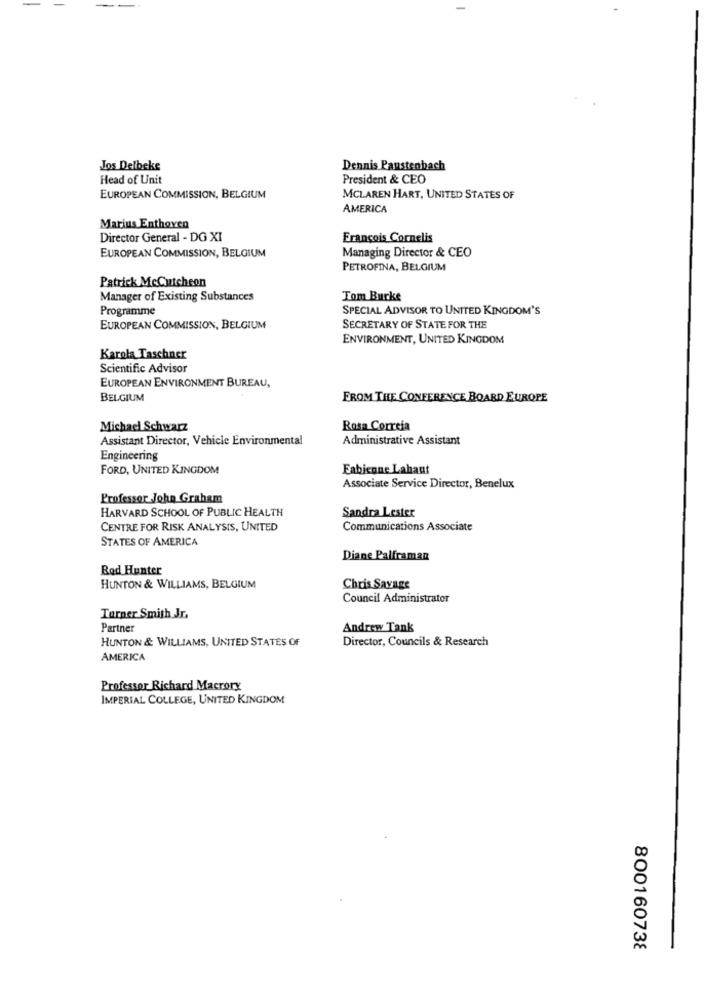
Jos Delbeke
Dennis Paustenbach
Head of Unit
President & CEO
EUROPEAN COMMISSION, BELGIUM
MCLAREN HART, UNITED STATES OF
AMERICA
Marius Enthoven
Director General - DG XI
François Cornelis
EUROPEAN COMMISSION, BELGIUM
Managing Director & CEO
PETROFINA, BELGIUM
Patrick Mccutcheon
Manager of Existing Substances
Tom Burke
Programme
SPECIAL ADVISOR TO UNITED KINGDOM'S
EUROPEAN COMMISSION, BELGIUM
SECRETARY OF STATE FOR THE
ENVIRONMENT, UNITED KINGDOM
Karola Taschner
Scientific Advisor
EUROPEAN ENVIRONMENT BUREAU,
BELGIUM
FROM THE CONFERENCE BOARD EUROPE
Michael Schwarz
Rosa Correia
Assistant Director, Vehicle Environmental
Administrative Assistant
Engineering
FORD, UNITED KINGDOM
Fabienne Lahaut
Associate Service Director, Benelux
Professor John Graham
HARVARD SCHOOL OF PUBLIC HEALTH
Sandra Lester
CENTRE FOR RISK ANALYSIS, UNITED
Communications Associate
STATES OF AMERICA
Diane Palframan
Rod Hunter
HUNTON & WILLIAMS, BELGIUM
Chris Savage
Council Administrator
Turner Smith Jr.
Partner
Andrew Tank
HUNTON & WILLIAMS, UNITED STATES OF
Director, Councils & Research
AMERICA
Professor Richard Macrory
IMPERIAL COLLEGE, UNITED KINGDOM
800160738